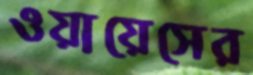
ওয়ায়েসের